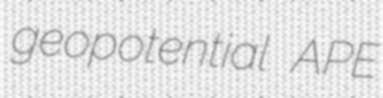
geopotential APE